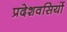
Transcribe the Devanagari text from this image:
प्रदेशवसियों